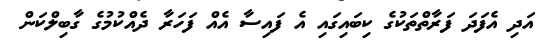
އަދި އެފަދަ ފަރާތްތަކުގެ ކިބައިގައި އެ ފައިސާ އެއް ފަހަރާ ދެއްކުމުގެ ގާބިލްކަން